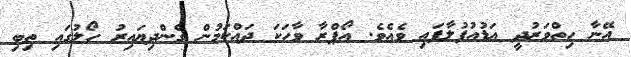
އޭނާ ހިތްވަރުދީ އަޑުއުފުލާފައި ވެއެވެ. އޯޕްރާ ވާހަކަ ދައްކަމުން ގެންދިޔައިރު ހޯލުގައި ތިބި